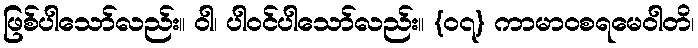
ဖြစ်ပါသော်လည်း။ ဝါ၊ ပါဝင်ပါသော်လည်း။ {၀၇} ကာမာဝစရမေဝါတိ၊